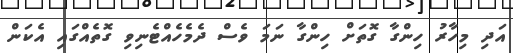
އަދި މިހާރު ހިންގާ ގޮތަށް ހިންގާ ނަމަ ވެސް ދެމެހެއްޓެނިވި ގޮތެއްގައި އެކަން